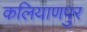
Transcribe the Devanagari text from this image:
कलियाणपुर